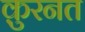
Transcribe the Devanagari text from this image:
क़ुरनत